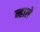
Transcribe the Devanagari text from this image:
न्हाले